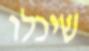
שיכלו